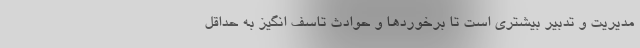
مدیریت و تدبیر بیشتری است تا برخوردها و حوادث تاسف انگیز به حداقل